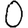
Digit: 0